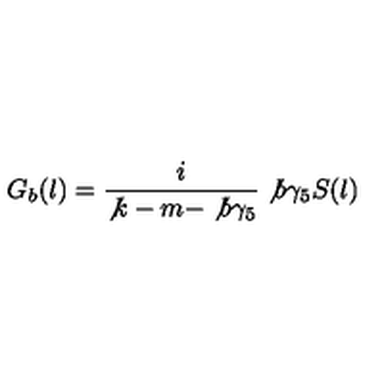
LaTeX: G _ { b } ( l ) = \frac { i } { \not { k } - m - \not { b } \gamma _ { 5 } } \not { b } \gamma _ { 5 } S ( l )